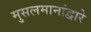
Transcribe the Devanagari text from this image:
मुसलमानांद्वारे